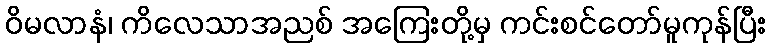
ဝိမလာနံ၊ ကိလေသာအညစ် အကြေးတို့မှ ကင်းစင်တော်မူကုန်ပြီး